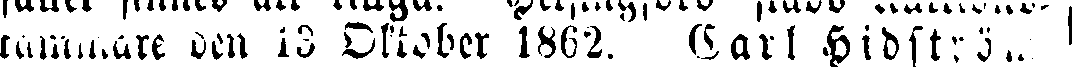
kammare den 12 Oktober 1862. Carl Hidström.